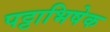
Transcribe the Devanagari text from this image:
पट्टाभिषेक